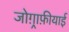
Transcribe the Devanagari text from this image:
जोग़्राफ़ीयाई